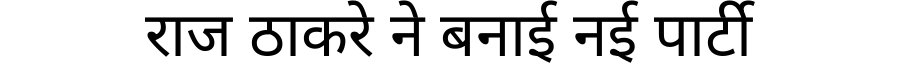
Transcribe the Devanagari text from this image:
राज ठाकरे ने बनाई नई पार्टी